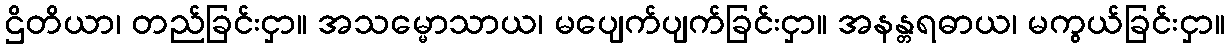
ဌိတိယာ၊ တည်ခြင်းငှာ။ အသမ္မောသာယ၊ မပျေက်ပျက်ခြင်းငှာ။ အနန္တရဓာယ၊ မကွယ်ခြင်းငှာ။